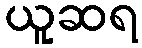
ယူဆရ